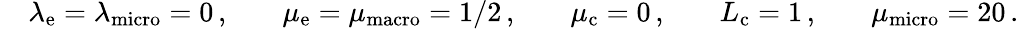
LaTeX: \begin{array}{rlrlrlrlrl}&{\lambda_{\mathrm{e}}=\lambda_{\mathrm{micro}}=0\, ,}&&{\mu_{\mathrm{e}}=\mu_{\mathrm{macro}}=1/2\, ,}&&{\mu_{\mathrm{c}}=0\, ,}&&{L_{\mathrm{c}}=1\, ,}&&{\mu_{\mathrm{micro}}=20\, .}\end{array}